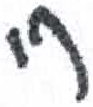
אות: ח